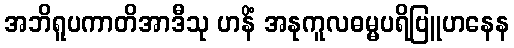
အဘိရူပကာတိအာဒီသု ဟနိံ အနုကူလဓမ္မပရိဗြူဟနေန